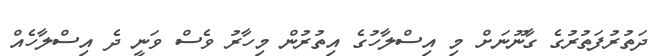
ދަތުރުފަތުރުގެ ގާނޫނަށް މި އިސްލާހުގެ އިތުރުން މިހާރު ވެސް ވަނީ ދެ އިސްލާހެއް